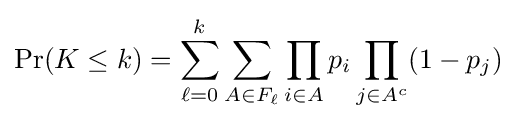
\Pr(K\leq k)=\sum _{\ell =0}^{k}\sum _{A\in F_{\ell }}\prod _{i\in A}p_{i}\prod _{j\in A^{c}}(1-p_{j})